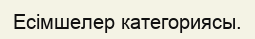
Есімшелер категориясы.